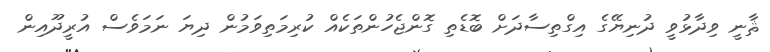
ޘާނީ ވިދާޅުވީ ދުނިޔޭގެ އިގްތިސާދަށް ބޮޑެތި ގޮންޖެހުންތަކެއް ކުރިމަތިވަމުން ދިޔަ ނަމަވެސް އުރީދޫއިން